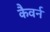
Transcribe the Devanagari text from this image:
कैवर्न